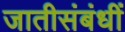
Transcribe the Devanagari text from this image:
जातीसंबंधीं